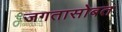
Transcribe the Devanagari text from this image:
जगतासोबत